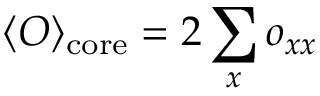
\langle O \rangle _ { \mathrm { c o r e } } = 2 \sum _ { x } o _ { x x }